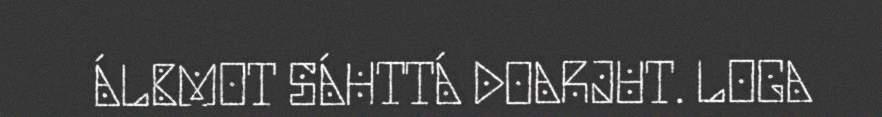
ÁLBMOT SÁHTTÁ DOARJUT. LOGA